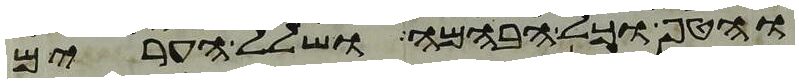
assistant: והטף וכל הבהמה ושלל הערים